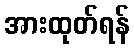
အားထုတ်ရန်